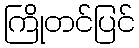
ကြိုတင်ပြင်